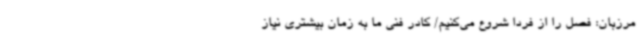
مرزبان: فصل را از فردا شروع می‌کنیم/ کادر فنی ما به زمان بیشتری نیاز